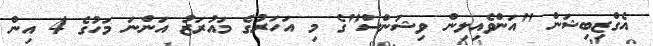
އެގްޒިބިޝަން "އަންވެއިލިން ވިޝަންސް"ގެ މި އަހަރުގެ މައުރަޒު އަންނަ މަހުގެ 4 އިން